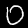
Label: 0